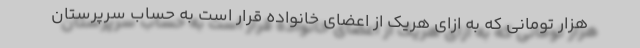
هزار تومانی که به ازای هریک از اعضای خانواده قرار است به حساب سرپرستان